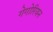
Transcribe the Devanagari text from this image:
गेगोरियन